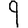
Digit: 9